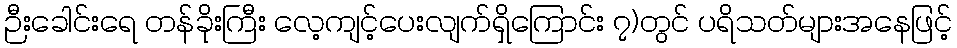
ဉီးခေါင်းရေ တန်ခိုးကြီး လေ့ကျင့်ပေးလျက်ရှိကြောင်း ၇)တွင် ပရိသတ်များအနေဖြင့်